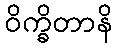
ဝိက္ခိတာနိ